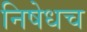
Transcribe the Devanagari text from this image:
निषेधच